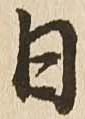
日